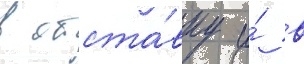
в отста́вку и́ в